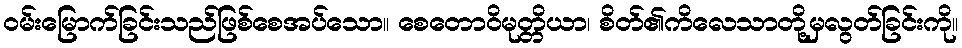
ဝမ်းမြောက်ခြင်းသည်ဖြစ်စေအပ်သော။ စေတောဝိမုတ္တိယာ၊ စိတ်၏ကိလေသာတို့မှလွတ်ခြင်းကို။